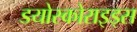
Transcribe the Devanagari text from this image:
डयोस्कोराइड्स